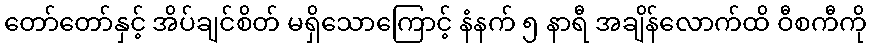
တော်တော်နှင့် အိပ်ချင်စိတ် မရှိသောကြောင့် နံနက် ၅ နာရီ အချိန်လောက်ထိ ဝီစကီကို